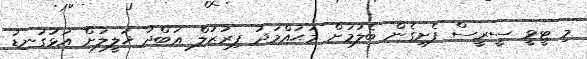
މި ޓީވީ ސީރީސް ފެށިގެން ބެލުމަށް މުޙައްމަދު ފިރުޒުލް ޢަބްދު ޚަލީލަށް އަޅުގަނޑު